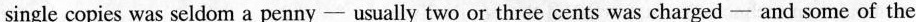
single copies was seldom a penny - usually two or three cents was charged - and some of the